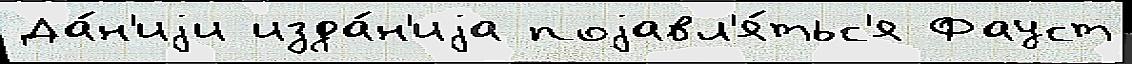
Да́н'иjи изда́н'иjа поjавл'я́тьс'я Фауст